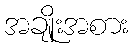
အချိုးအစား